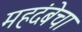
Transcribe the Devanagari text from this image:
महदंबेचा